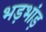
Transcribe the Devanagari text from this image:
भड़भांड़